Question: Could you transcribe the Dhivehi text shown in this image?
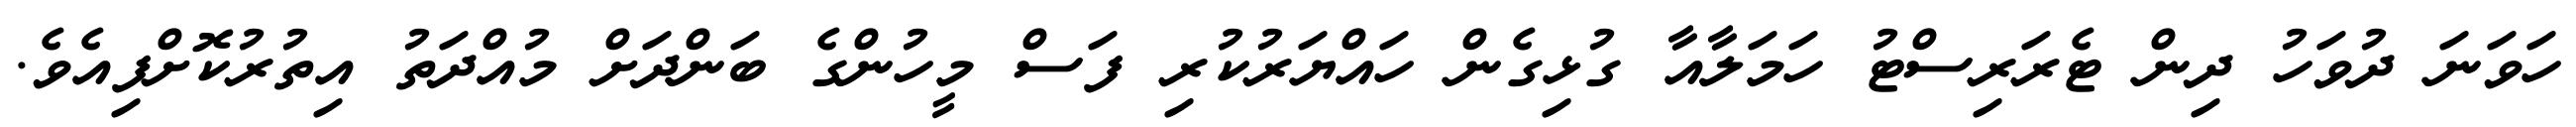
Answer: ހަވަނަ ދުވަހު ދިން ޓެރަރިސްޓު ހަމަލާއާ ގުޅިގެން ހައްޔަރުކުރި ފަސް މީހުންގެ ބަންދަށް މުއްދަތު އިތުރުކޮށްފިއެވެ.